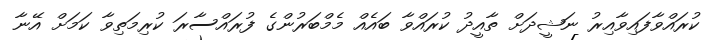
ކުރައްވާފައިވާއިރު ނަޝީދަށް ތާއީދު ކުރައްވާ ބައެއް މެމްބަރުންގެ ފުރައްސާރަ ކުރިމަތިވާ ކަމަށް އޭނާ